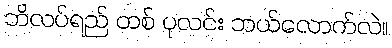
ဘိလပ်ရည် တစ် ပုလင်း ဘယ်လောက်လဲ။